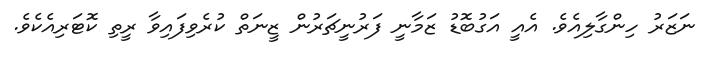
ނަޒަރު ހިންގާލިއެވެ. އެއީ އަގުބޮޑު ޒަމާނީ ފަރުނީޗަރުން ޒީނަތް ކުރެވިފައިވާ ރީތި ކޮޓަރިއެކެވެ.